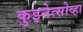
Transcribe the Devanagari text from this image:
कुझ्नेत्सोव्हा